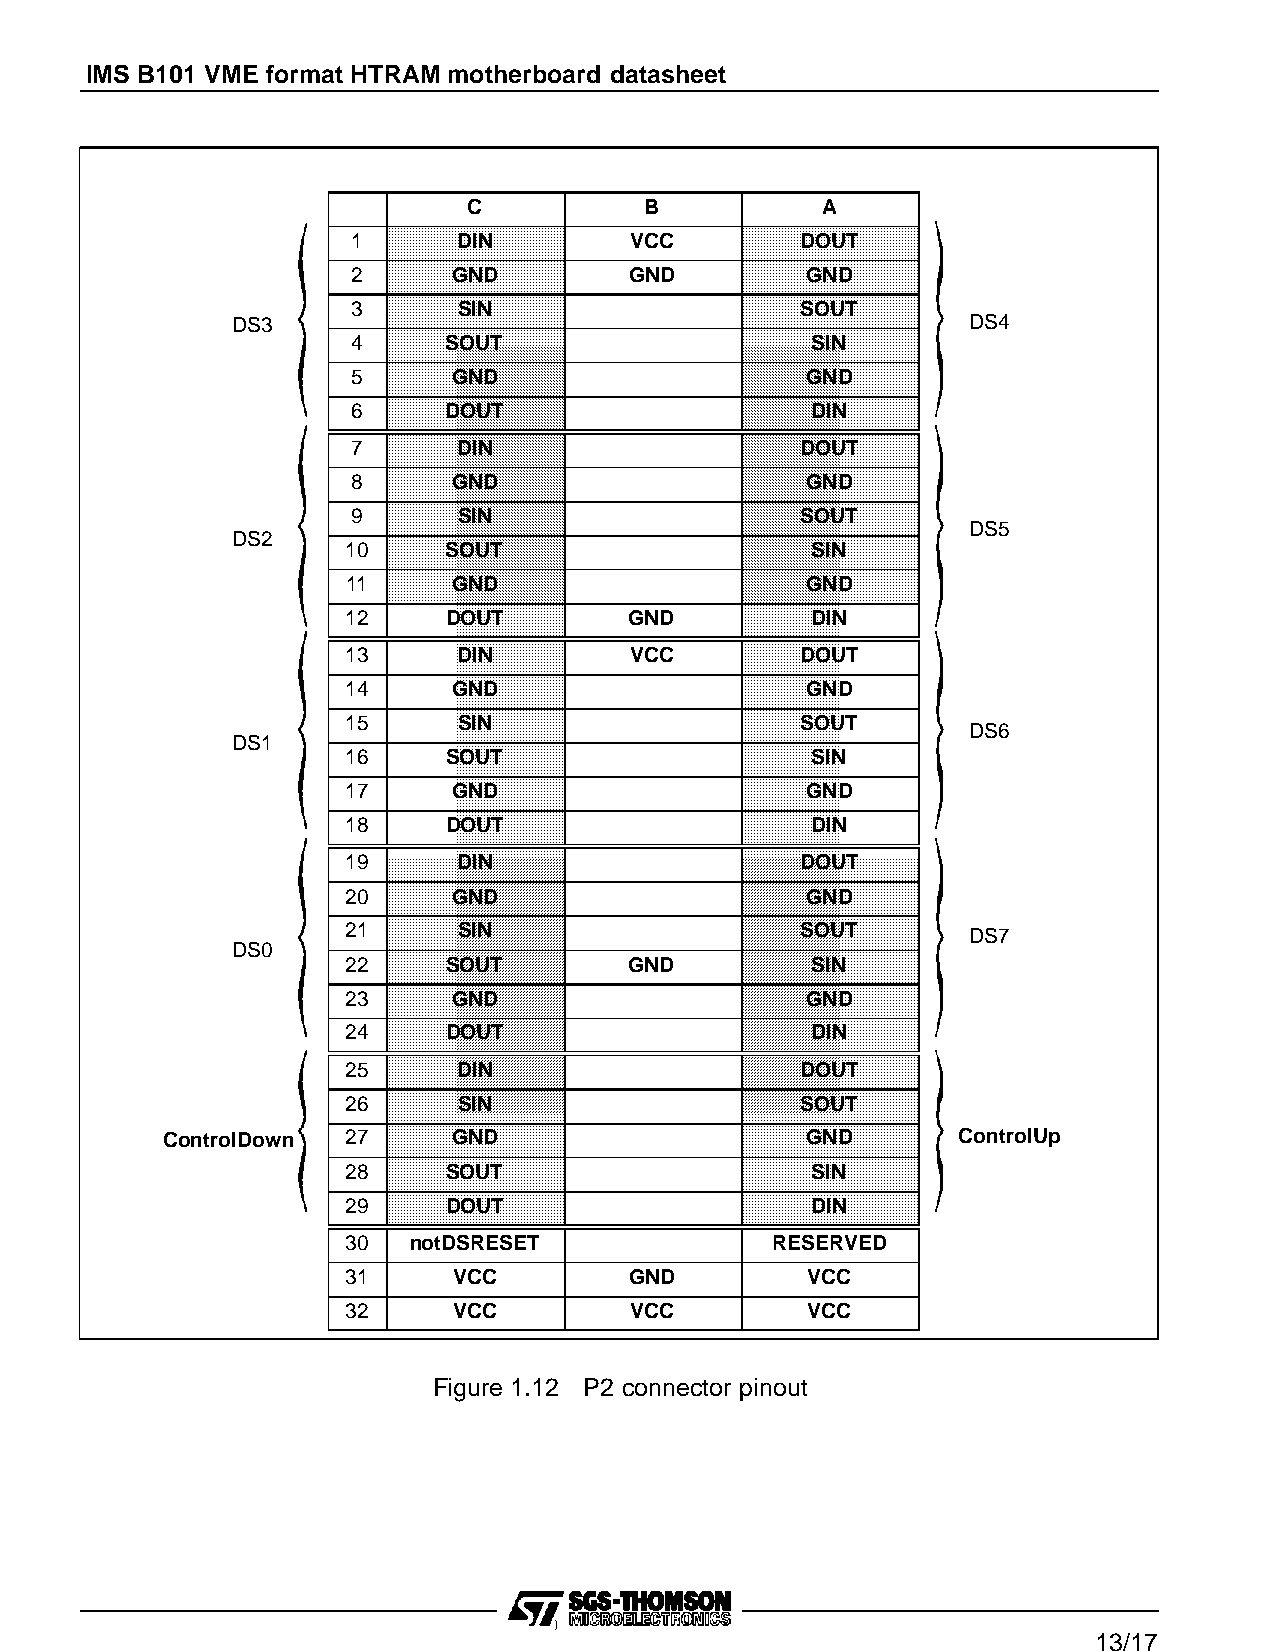
IMS B101 VME format HTRAM motherboard datasheet
 C           B          A
 1      DIN         VCC        DOUT
 2      GND         GND        GND
 3      SIN                    SOUT
 DS3                                              DS4
 4     SOUT                     SIN
 5      GND                    GND
 6     DOUT                     DIN
 7      DIN                    DOUT
 8      GND                    GND
 9      SIN                    SOUT
 DS5
 DS2
 10    SOUT                     SIN
 11     GND                    GND
 12    DOUT         GND         DIN
 13     DIN         VCC        DOUT
 14     GND                    GND
 15     SIN                    SOUT
 DS6
 DS1
 16    SOUT                     SIN
 17     GND                    GND
 18    DOUT                     DIN
 19     DIN                    DOUT
 20     GND                    GND
 21     SIN                    SOUT       DS7
 DS0
 22    SOUT         GND         SIN
 23     GND                    GND
 24    DOUT                     DIN
 25     DIN                    DOUT
 26     SIN                    SOUT
 ControlDown 27     GND                    GND       ControlUp
 28    SOUT                     SIN
 29    DOUT                     DIN
 30  notDSRESET              RESERVED
 31     VCC         GND        VCC
 32     VCC         VCC        VCC
 Figure 1.12 P2 connector pinout
 )
 13/17